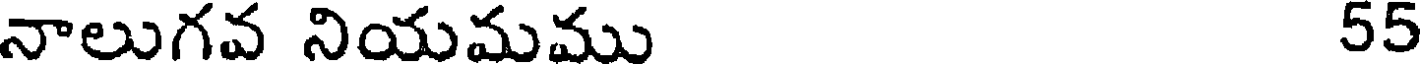
నాలుగవ నియమము 55